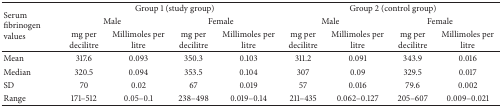
<table><thead><tr><td rowspan="3"><b>Serum fibrinogenvalues</b></td><td colspan="4"><b>Group 1 (study group)</b></td><td colspan="4"><b>Group 2 (control group)</b></td></tr><tr><td colspan="2"><b>Male</b></td><td colspan="2"><b>Female</b></td><td colspan="2"><b>Male</b></td><td colspan="2"><b>Female</b></td></tr><tr><td><b>mg per decilitre</b></td><td><b>Millimoles per litre</b></td><td><b>mg per decilitre</b></td><td><b>Millimoles per litre</b></td><td><b>mg per decilitre</b></td><td><b>Millimoles per litre</b></td><td><b>mg per decilitre</b></td><td><b>Millimoles per litre</b></td></tr></thead><tbody><tr><td>Mean</td><td>317.6</td><td>0.093</td><td>350.3</td><td>0.103</td><td>311.2</td><td>0.091</td><td>343.9</td><td>0.016</td></tr><tr><td>Median</td><td>320.5</td><td>0.094</td><td>353.5</td><td>0.104</td><td>307</td><td>0.09</td><td>329.5</td><td>0.017</td></tr><tr><td>SD</td><td>70</td><td>0.02</td><td>67</td><td>0.019</td><td>57</td><td>0.016</td><td>79.6</td><td>0.002</td></tr><tr><td>Range</td><td>171–512</td><td>0.05–0.1</td><td>238–498</td><td>0.019–0.14</td><td>211–435</td><td>0.062–0.127</td><td>205–607</td><td>0.009–0.021</td></tr></tbody></table>